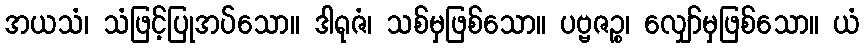
အယသံ၊ သံဖြင့်ပြုအပ်သော။ ဒါရုဇံ၊ သစ်မှဖြစ်သော။ ပဗ္ဗဇဉ္စ၊ လျှော်မှဖြစ်သော။ ယံ